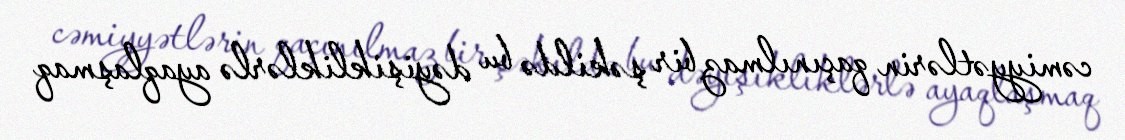
cəmiyyətlərin qaçınılmaz bir şəkildə bu dəyişikliklərlə ayaqlaşmaq